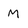
Character: M